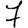
Digit: 7